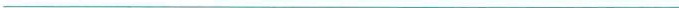
___